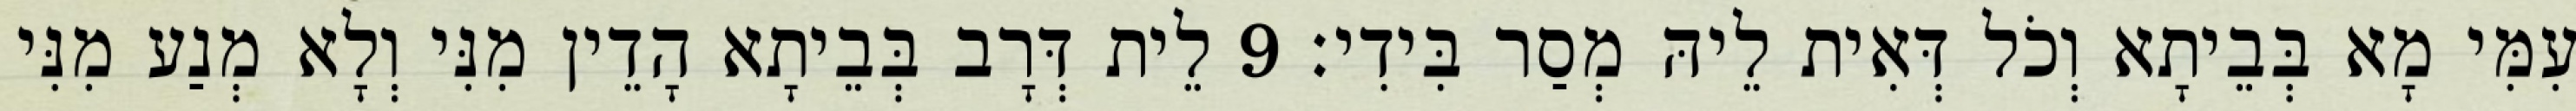
עִמִּי מָא בְּבֵיתָא וְכֹל דְּאִית לֵיהּ מְסַר בִּידִי׃ 9 לֵית דְּרָב בְּבֵיתָא הָדֵין מִנִּי וְלָא מְנַע מִנִּי